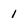
Character: 1